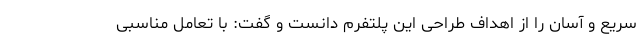
سریع و آسان را از اهداف طراحی این پلتفرم دانست و گفت: با تعامل مناسبی